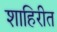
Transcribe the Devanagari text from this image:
शाहिरीत